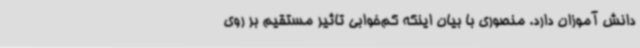
دانش آموزان دارد. منصوری با بیان اینکه کم‌خوابی تاثیر مستقیم بر روی